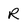
Character: R